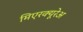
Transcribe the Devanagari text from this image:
मिएरक्यूरेअ